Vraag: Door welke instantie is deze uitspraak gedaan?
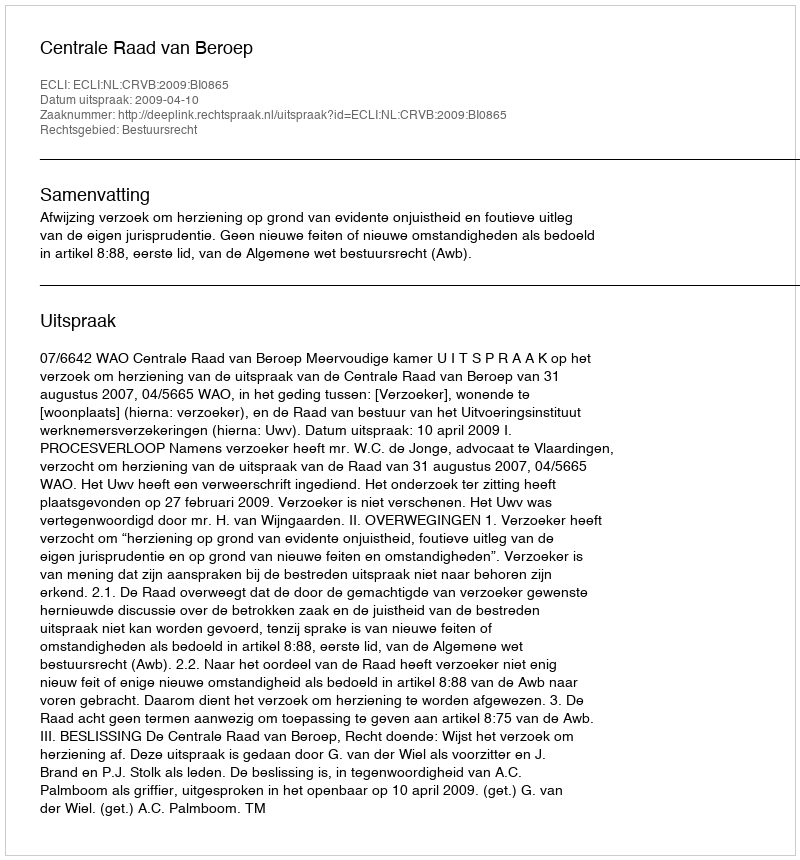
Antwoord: Centrale Raad van Beroep